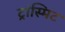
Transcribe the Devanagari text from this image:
ट्रांस्मिट